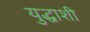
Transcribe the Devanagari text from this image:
युद्धाशी